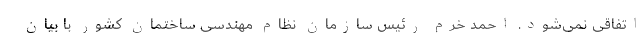
اتفاقی نمی‌شود. احمد خرم رئیس سازمان نظام مهندسی ساختمان کشور با بیان